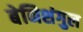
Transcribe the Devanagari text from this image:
बेनिशंगुल